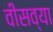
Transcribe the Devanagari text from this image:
वीसव्या